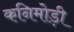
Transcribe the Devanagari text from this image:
कनिमोड़ी